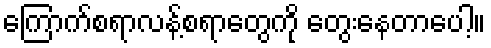
ကြောက်စရာလန့်စရာတွေကို တွေးနေတာပေါ့။